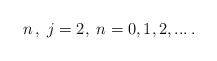
\begin{align*}n\,,\;j=2,\;n=0,1,2,...\,.\end{align*}